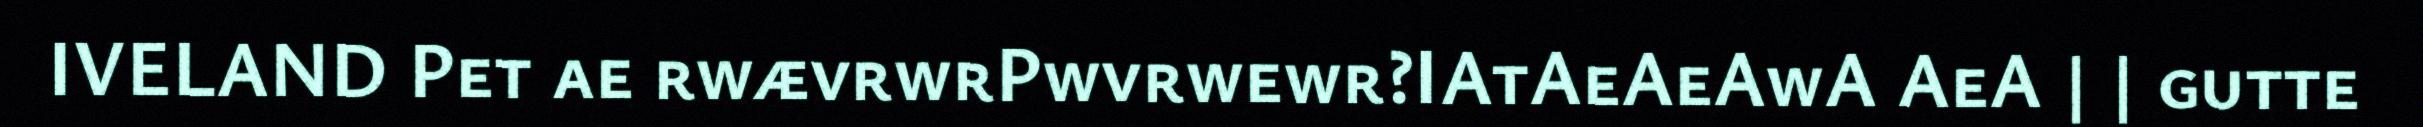
IVELAND Pet ae rwævrwrPwvrwewr?IAtAeAeAwA AeA | | gutte